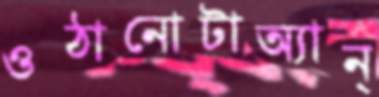
ওঠানোটাঅ্যান্